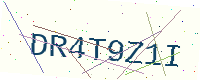
Text: DR4T9Z1I